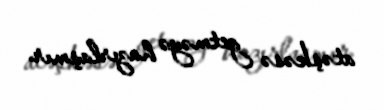
atəşkəsə getməyə hazırlaşmır.